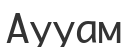
Аууам